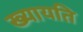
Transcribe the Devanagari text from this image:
ख्यायति